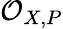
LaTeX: {\mathcal{O}}_{X,P}